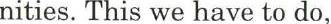
nities. This we have to do,